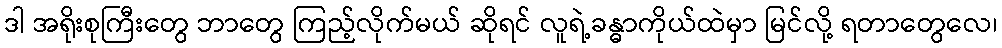
ဒါ အရိုးစုကြီးတွေ ဘာတွေ ကြည့်လိုက်မယ် ဆိုရင် လူရဲ့ခန္ဓာကိုယ်ထဲမှာ မြင်လို့ ရတာတွေလေ၊